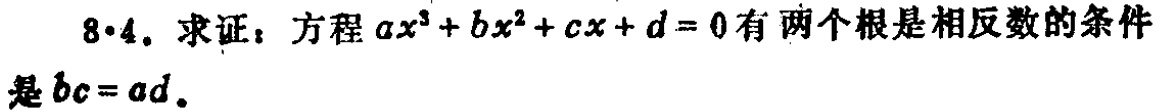
8·4. 求证：方程\(ax^{3}+bx^{2}+cx + d = 0\)有两个根是相反数的条件是\(bc = ad\)。